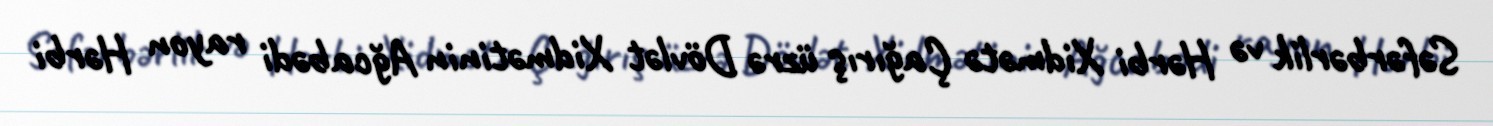
Səfərbərlik və Hərbi Xidmətə Çağırış üzrə Dövlət Xidmətinin Ağcabədi rayon Hərbi